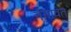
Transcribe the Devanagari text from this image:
नेमावेत